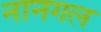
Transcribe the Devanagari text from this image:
नानगल